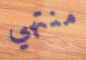
منتهي